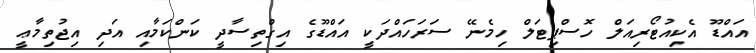
އައްޑޫ އެކިއުޓޯރިއަލް ހޮސްޕިޓަލް ހިމެނޭ ސަރަހައްދަކީ އައްޑޫގެ އިގްތިސާދީ ކަންކަމާއި އަދި އިޖުތިމާޢީ